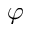
\varphi